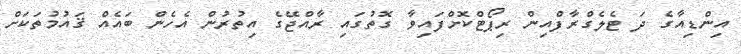
އިންޑިއާގެ ދަ ޓެލެގްރާފްއިން ރިޕޯޓްކޮށްފައިވާ ގޮތުގައި ރާއްޖޭގެ އިތުރުން އެހެން ބައެއް ޤައުމުތަކަށް